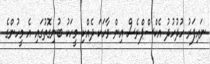
ނައިފަރު ހުދުހުދު އެކްސްޕްރެސް އިން ވާހަކަ ދެއްކި މީހަކު ބުނިގޮތުގައި އެ މީހުންގެ